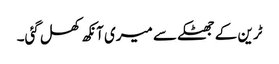
ٹرین کے جھٹکے سے میری آنکھ کھل گئی۔